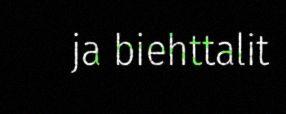
ja biehttalit